Bréfritari: Lárus Bjarnason
Dagsetning: A-1879-07-12
Skrifað á: Vesturheimi

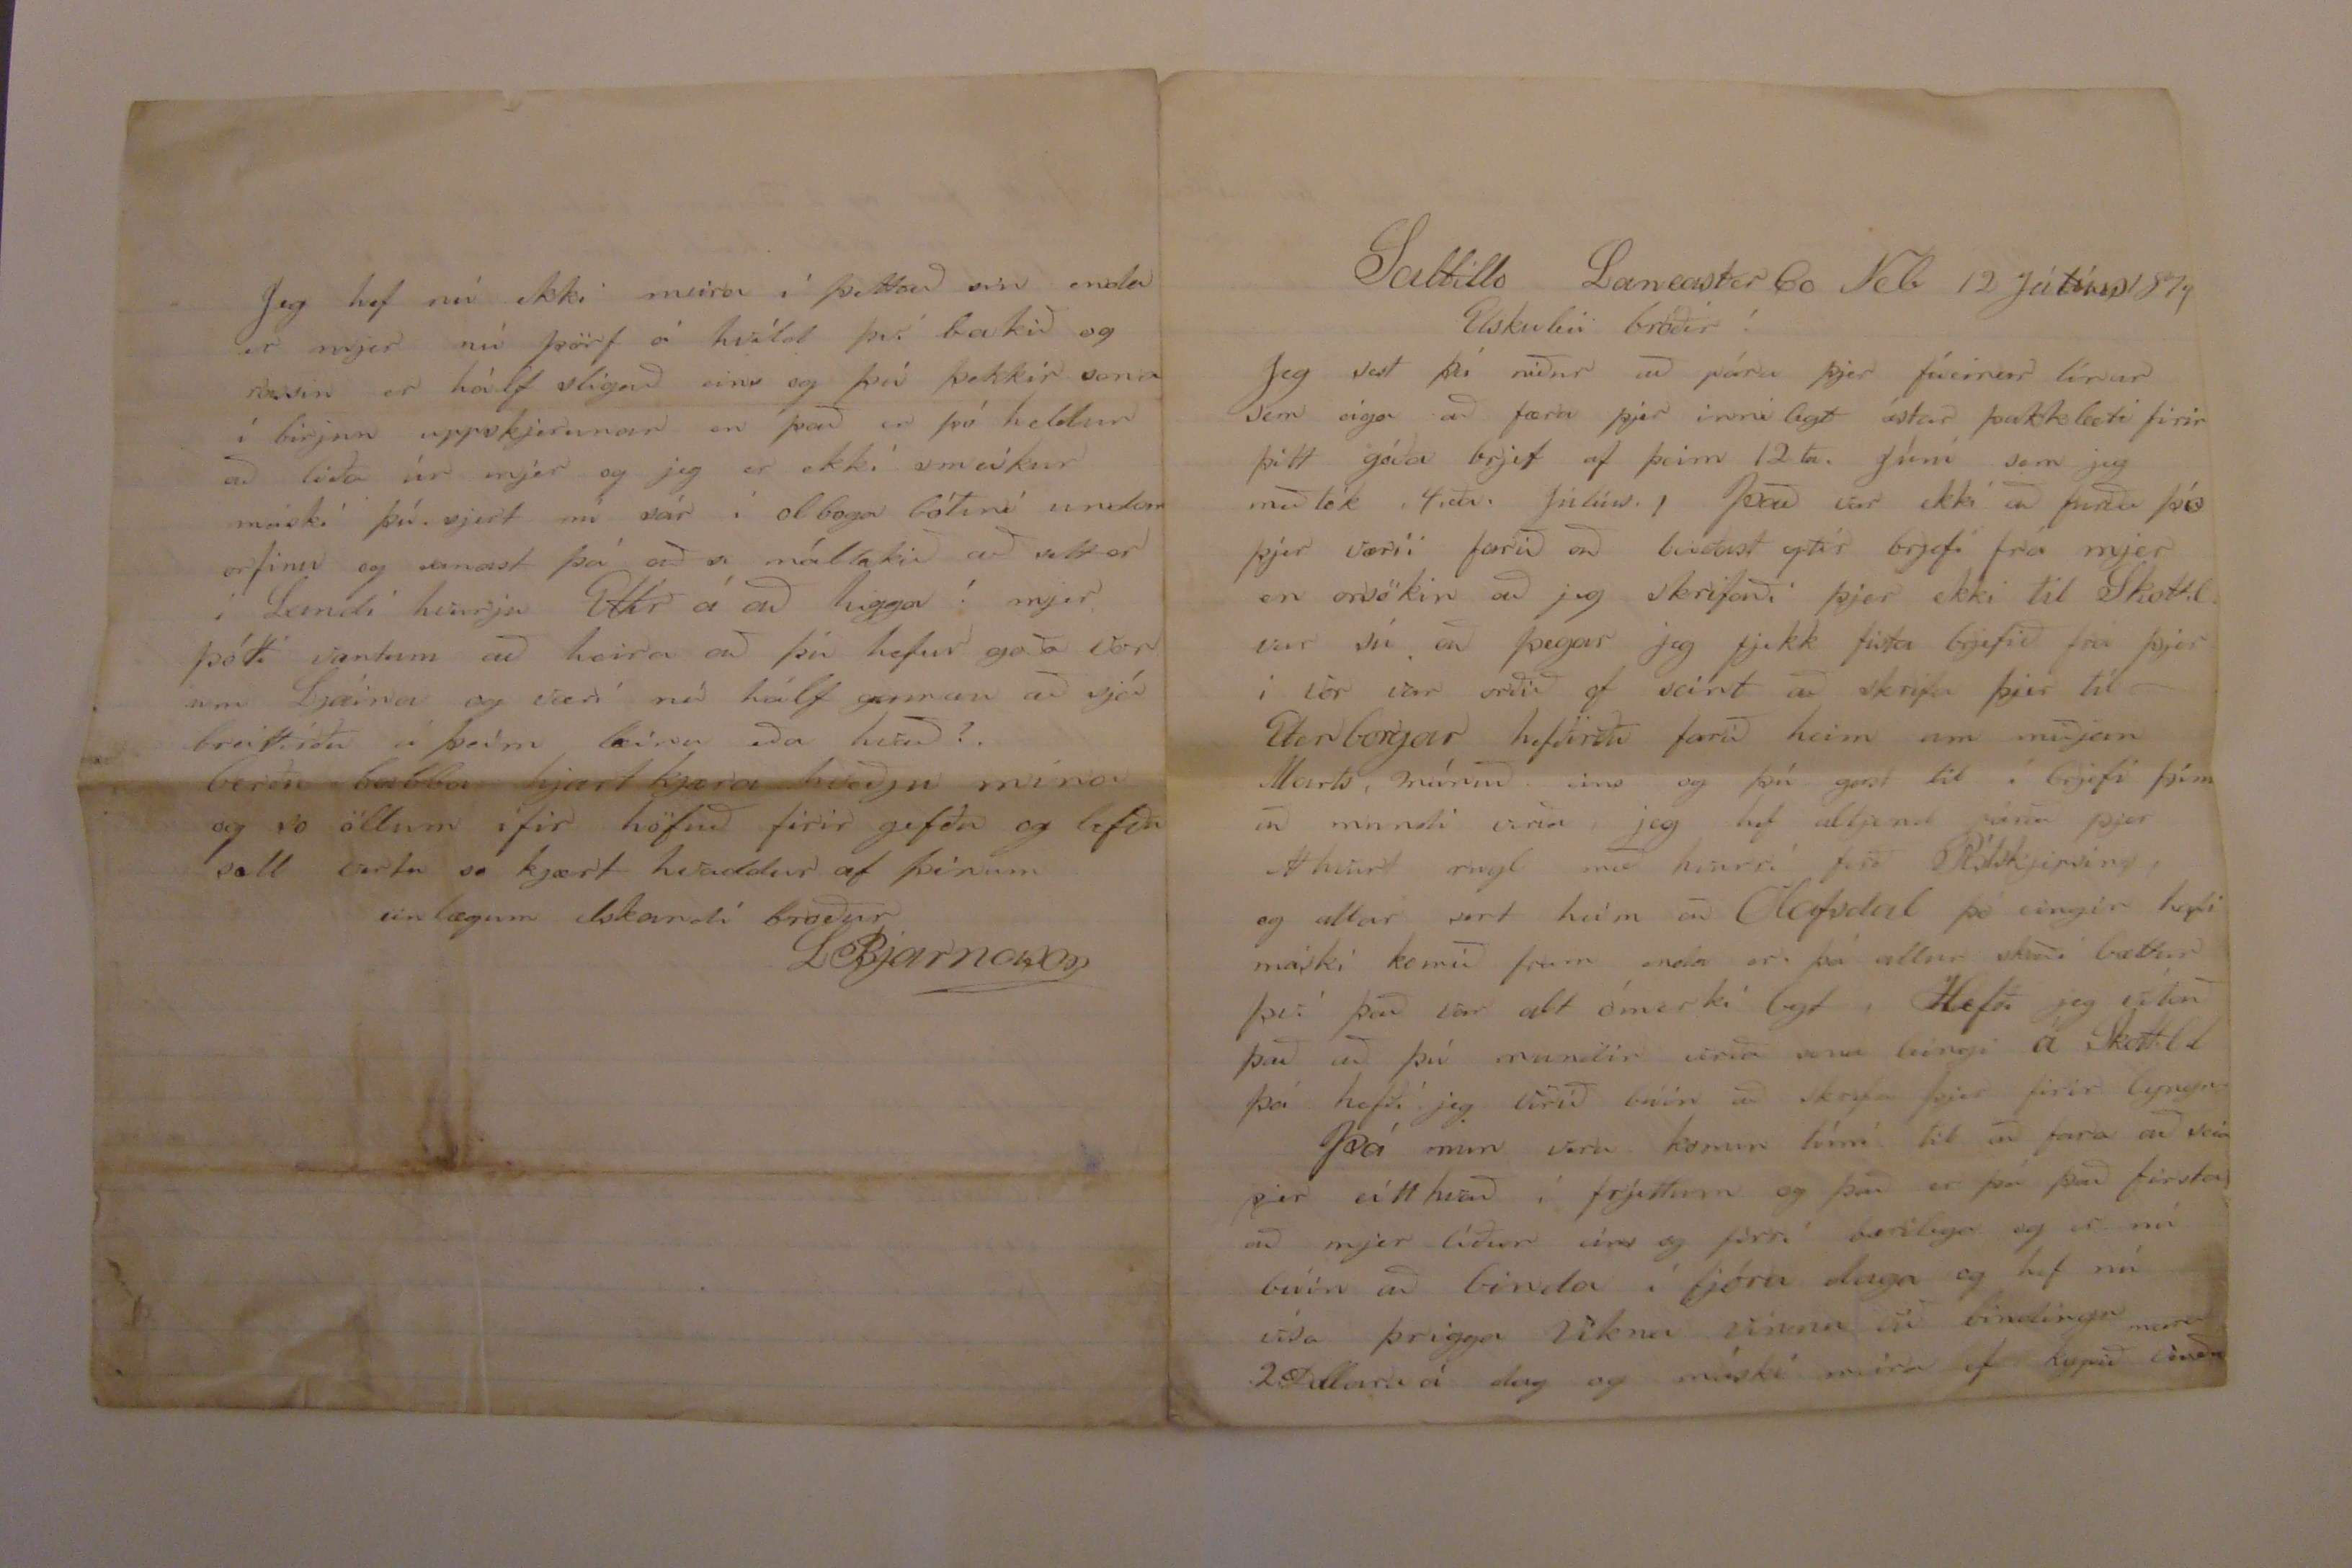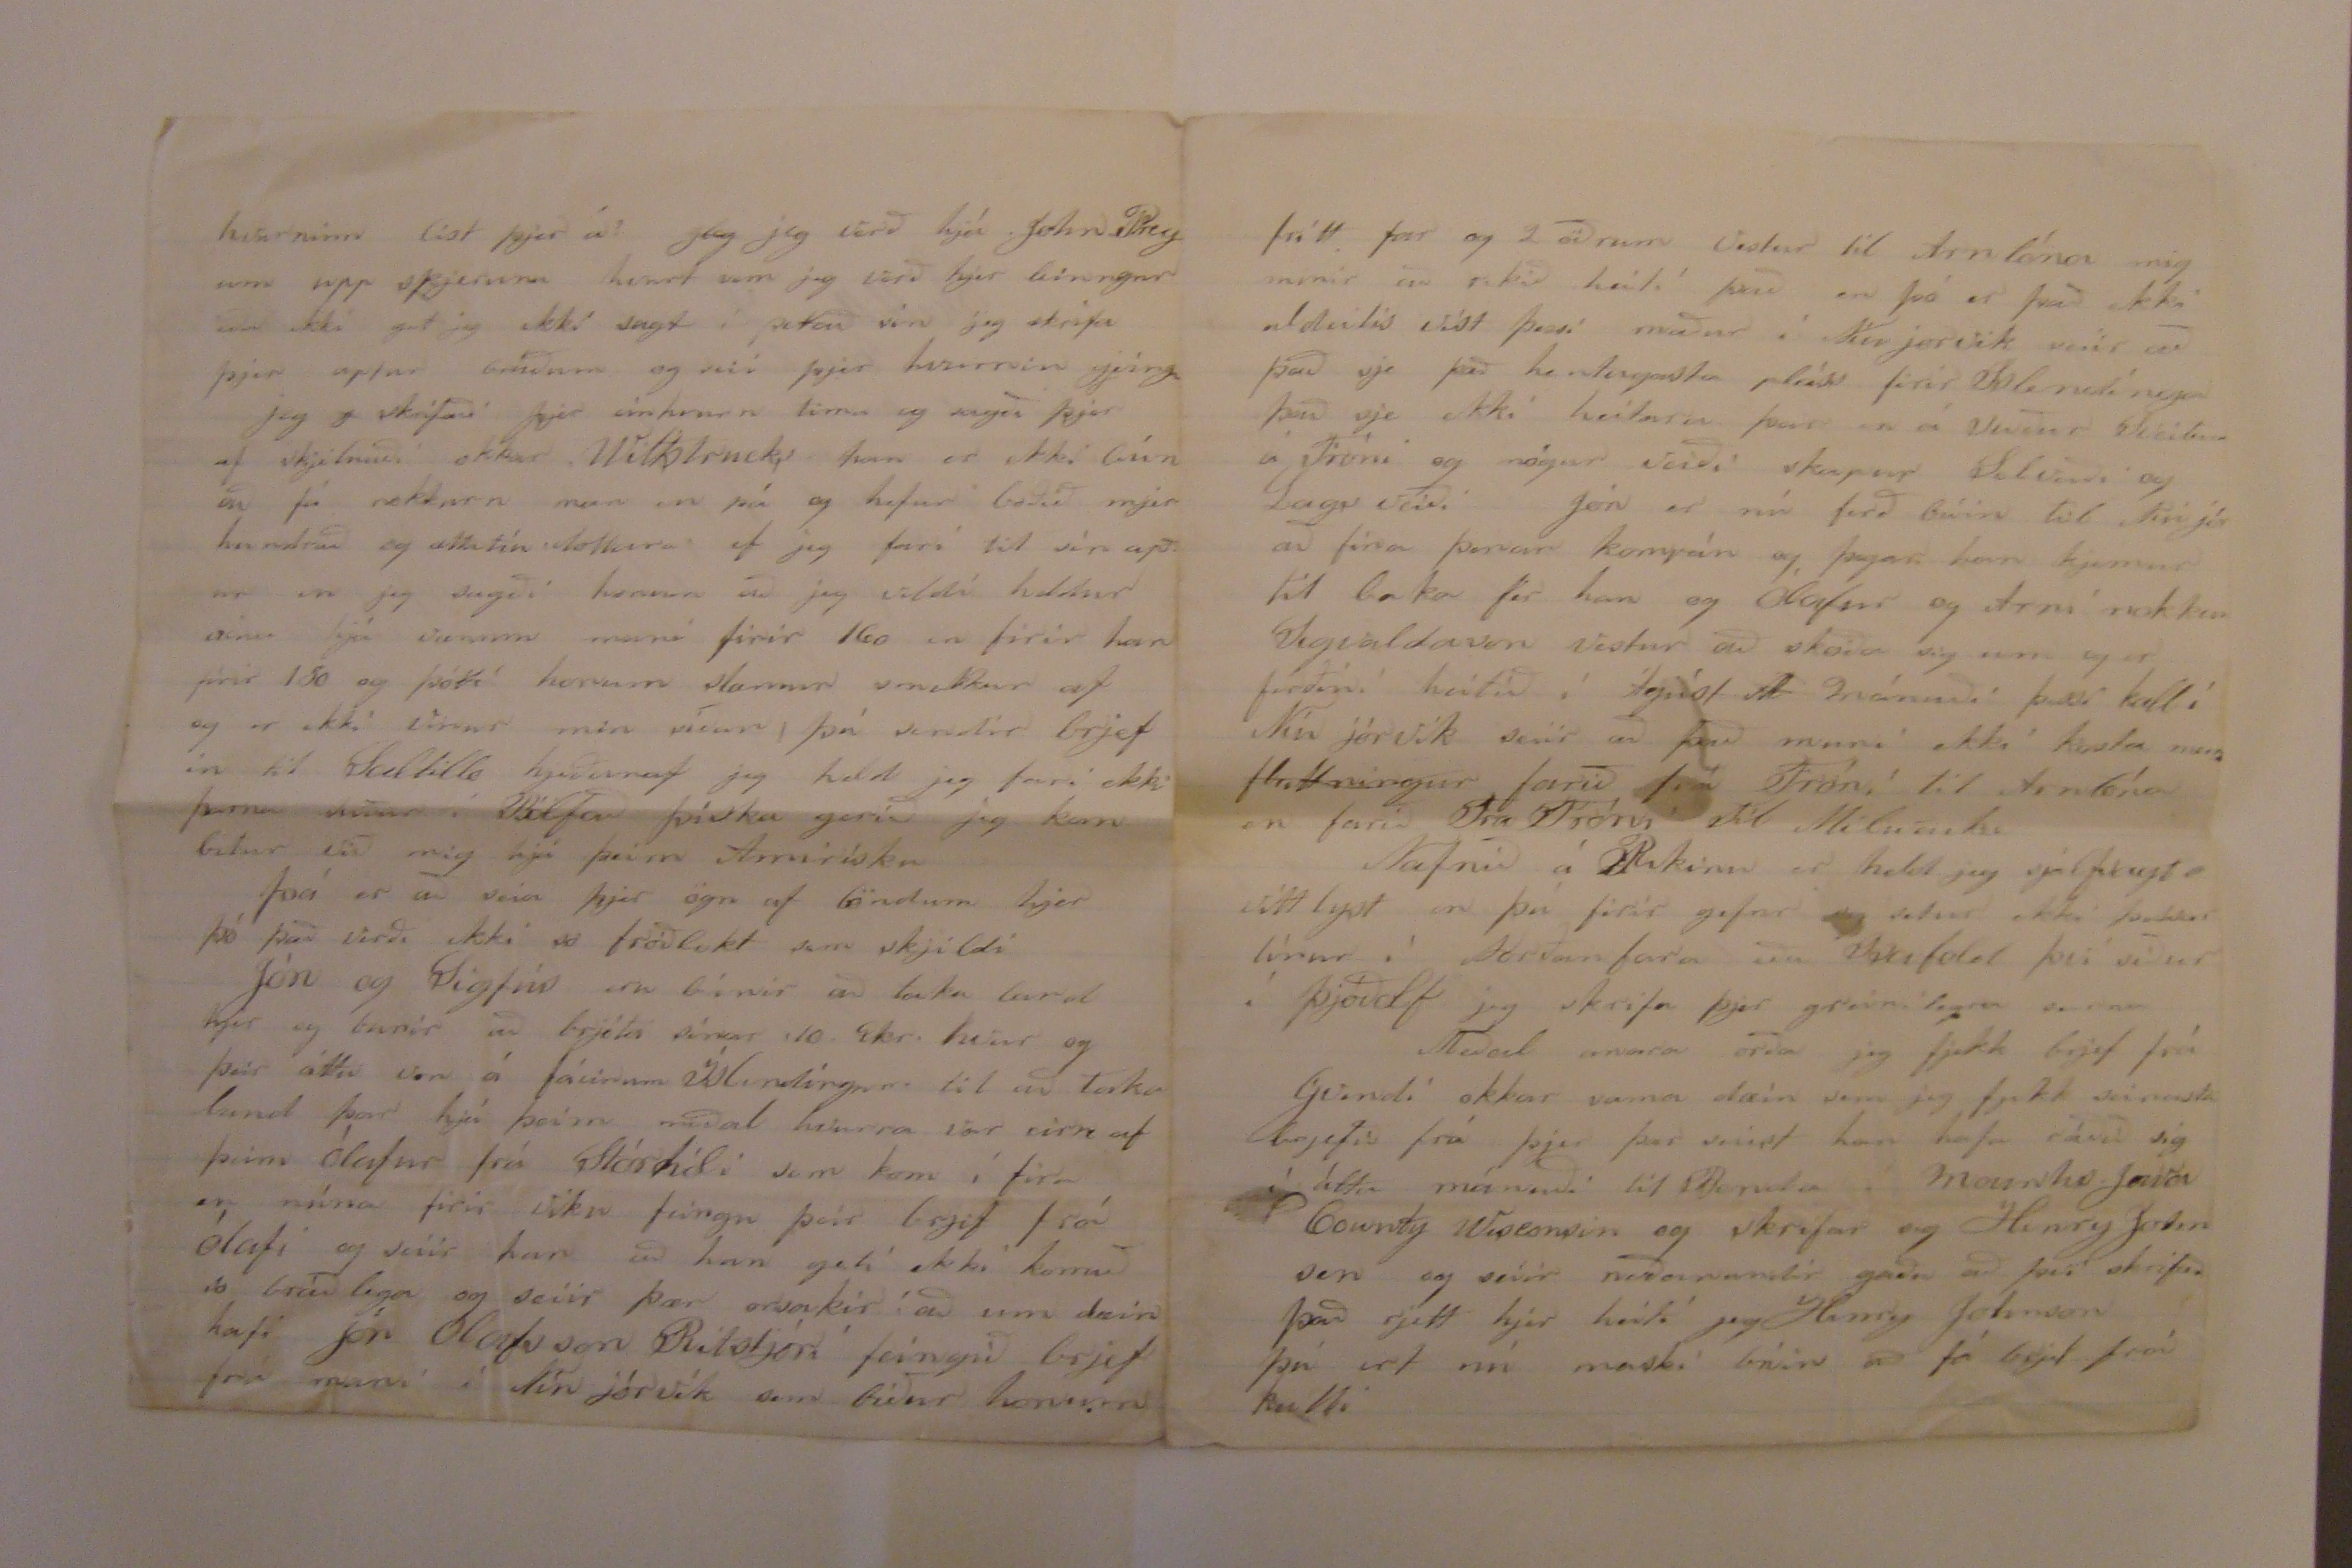

Saltillo Lancaster Co Neb 12
Júlíus
1879
Elskuleii bróðir!
Jeg sest þá niður að pára þjer fáeinar línur sem eiga að færa þjer innilegt þakklæti firir þitt góða brjef af þeim 12ta. Júní sem jeg meðtók 4.ða. Júlíus. Það var ekki að furða þó þjer værii farið að leiðast eptir brjefi frá mjer en orsökin að jeg skrifaði þjer ekki til Skotl. var sú að þegar jeg fjekk fista brjefið frá þjer í vor var orðið of seint að skrifa þjer til Etenborgar hefðirðu farið heim um miðjan Marts, mánuð eins og þú gast til í brjefi þínu að mundi verða, jeg hef altjend párað þjer eitthvurt rugl með hvurri ferð Póstskjipsins, og allar
sort
heim að Olafsdal þó eingir hafi máski komið fram enda er þá allur skaði bættur því það var ómerki legt, Hefði jeg vitað það að þú mundir verða sona leingi á Skott.ld þá hefði jeg verið búin að skrifa þjer firir lyngu.
Þá mun vera komin tími til að fara að seia þjer eitthvað í frjettum og það er þá það firsta að mjer líður eins og firri bærilega og er nú búin að binda í fjóra daga og hef nú vísa þriggja vikna vinnu við bindingu 2 Dollara á dag og máski meira ef kypið verður
meira
hvurninn líst þjer á?
jeg
jeg verð hjá John Prey um upp skjeruna hvurt sem jeg verð hjer leingur eða ekki get jeg ekki sagt í þettað sin jeg skrifa þjer aptur bráðum og seii þjer hvurnin geingu
jeg
0
skrifaði þjer einhvurn tíma og sagði þjer af skjilnaði okkar Wittstrucks han er ekki búin að fá nokkurn man en þá og hefur boðið mjer hundrað og attatíu dollara ef jeg fari til sín aptur en jeg sagði honum að jeg vildi heldur vina hjá vænum mani firir 160 en firir han firir 180 og þótti honum slæmur smekkur af og er ekki vinur min síðan, þú sendir brjef in til Saltillo hjeðanaf jeg held jeg fari ekki þarna suður í Bölfað þíska gerið jeg kan betur við mig hjá þeim Amirísku
Þá er að seia þjer ögn af löndum hjer þó það verði ekki so fróðlekt sem skjildi
Jón og Sigfús eru búnir að taka land hjer og bunir að brjóta sínar .10. Ekr. hvur og þeir áttu von á fáeinum Íslendingum til að taka land þar hjá þeim meðal hvurra var eirn af þeim Ólafur frá Stórhóli sem kom í fira en núna firir viku feingu þeir brjef frá Ólafi og seiir han að han geti ekki komið so bráðlega og seiir þær orsakir að um dæin hafi Jón Olafsson Ritstjóri feingið brjef frá mani í Níu jórvík sem bíður honum
frítt far og 2 öðrum vestur til
Arn000a
mig minir að rikið heiti það en þó er það ekki aldeilis víst þessi maður í Níu jorvik seiir að það sje það hentugasta pláss firir Islendínga það sje ekki heitara þar en á suður sveitum á Fróni og nógur veiði skapur Selveiði og Lagsveiði Jón er nú ferð búin til Níu jór að fina þenan kompán og þegar han kjemur til baka fer han og Ólafur og Arni nokkur Sigvaldason vestur að skoða sig um og er ferðini heitið í Ágúst
0
mánuði þessi kall í Níu jórvík seiir að það muni ekki kosta meira
fluttningur
farið frá Fróni til
Arn000a
en farið Frá Fróni til Milwaukee
Nafnið á Rikinu er held jeg sjálfsagt vittlyst en þú firir gefur og setur ekki þessar línur í Norðanfara eða Isafold því síður í Þjóðolf jeg skrifa þjer greinilegra seirna
Meðal anara orða jeg fjekk brjef frá Gvendi okkar sama dæin sem jeg fjekk seinasta brjefið frá þjer þar seiist han hafa ráðið sig í átta mánuði til Bonda í
mounhe
Jowa County Wisconsin og skrifar sig Henry Johnsen og seiir neðanundir góðu að því skrifað það rjett hjer heiti jeg Henry Johnson þú ert nú maski búin að fá brjef frá kalli
Jeg hef nú ekki meira í þettað sin enda er mjer nú þörf á hvíld því bakið og rassin er hálf sligað eins og þú þekkir sona í birjun uppskjerunar en það er þó heldur að líða úr mjer og jeg er ekki smeikur máski þú sjert nú sár í olboga bótini undan orfinu og sanast þá
að s
máltækið að satt er í Landi hvurju Eittir á að higga ! mjer þótti væntum að heira að þú hefur goða von um Ljáina og væri nú hálf gaman að sjá breittirðu á þeim læinu eða hvað?
berðu babba hjartkjæra kveðju mína og so öllum ifir höfuð firir gefðu og lifðu sæll vertu so kjært kvaddur af þínum einlægum elskandi broður
LBjarnason